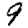
Digit: 9